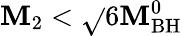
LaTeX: \mathbf{M}_{\mathrm{{2}}}<\sqrt{}{{6}}\mathbf{M}_{\mathrm{{BH}}}^{0}